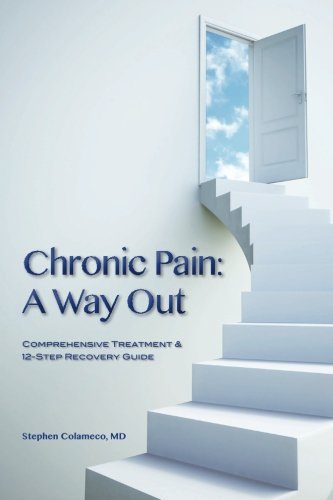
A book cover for Chronic Pain: A Way Out: (Comprehensive Treatment & 12-Step Recovery Guide); Stephen Colameco MD; Health, Fitness & Dieting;